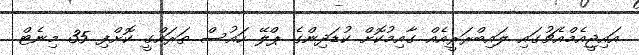
އައިޖީއެމްއެޗުގައި ލައިބްރަރީއެއް ގާއިމުކޮށް ކުޑަދިންގެ ޕްލޭ ހައުސް ތަރައްގީ ކޮށްފި 35 މިނެޓް